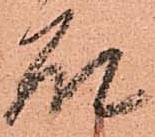
石